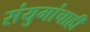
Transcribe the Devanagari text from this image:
संयुगांचाही